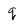
Character: q